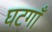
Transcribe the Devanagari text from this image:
घटगाँ